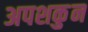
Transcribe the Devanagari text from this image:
अपशकुुन